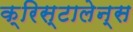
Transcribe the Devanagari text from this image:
क्रिस्टालेन्स